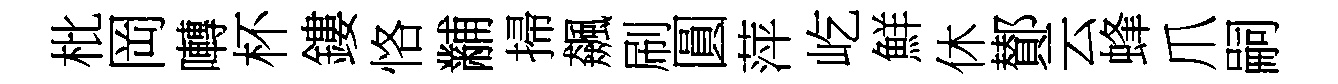
枇岡囀杯鏤恪黼掃飆刷圓萍屹鮮休鄼云蜂爪嗣